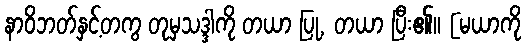
နာဝိဘတ်နှင့်တကွ တုမှသဒ္ဒါကို တယာ ပြု, တယာ ပြီး၏။ [မယာကို